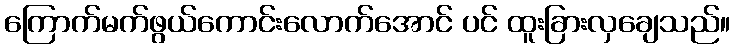
ကြောက်မက်ဖွယ်ကောင်းလောက်အောင် ပင် ထူးခြားလှချေသည်။